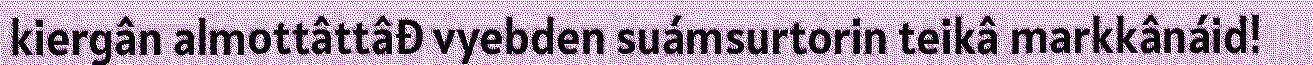
kiergân almottâttâđ vyebden suámsurtorin teikâ markkânáid!